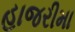
હાજરીમા